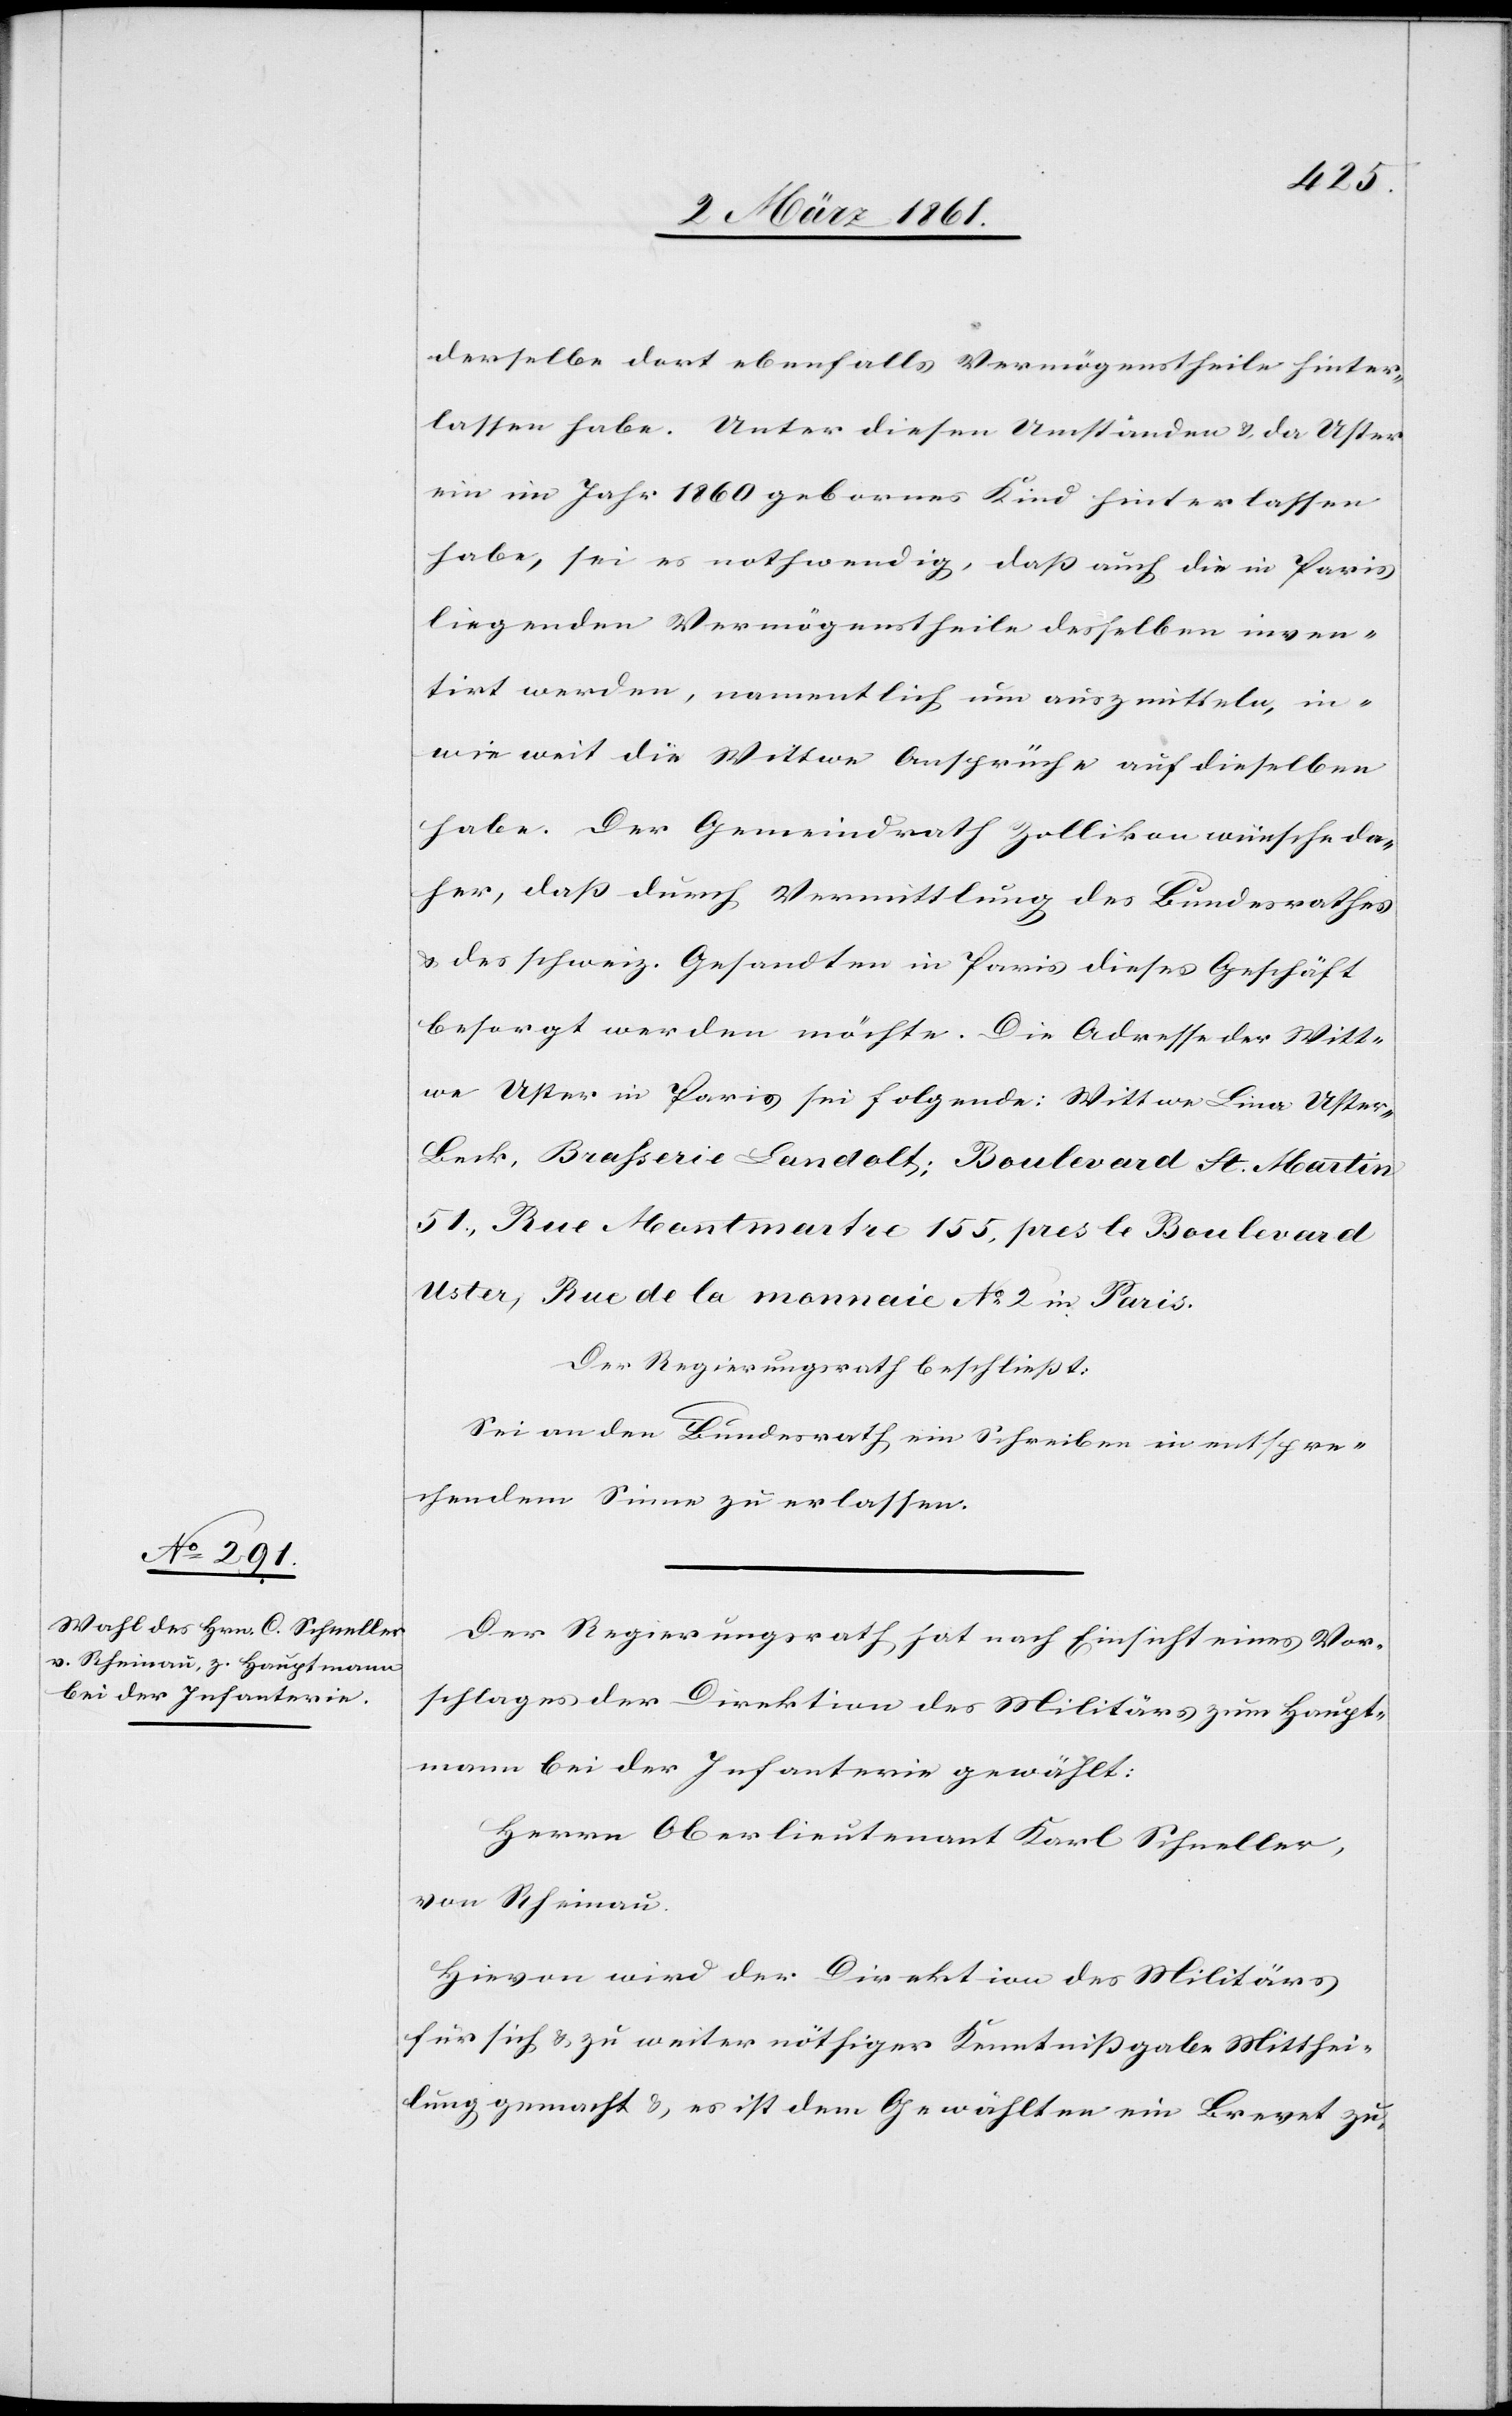
derselbe dort ebenfalls Vermögenstheile hinter¬
lassen habe. Unter diesen Umständen u. da Uster
ein im Jahr 1860 gebornes Kind hinterlassen
habe, sei es nothwendig, dass auch die in Paris
liegenden Vermögenstheile desselben inven¬
tirt werden, namentlich um ausz[u]mitteln, in
wie weit die Wittwe Ansprache auf dieselben
habe. Der Gemeindrath Zollikon wünsche da¬
her, dass durch Vermittlung des Bundesrathes
u. des schweiz. Gesandten in Paris dieses Geschäft
besorgt werden möchte. Die Adresse der Witt¬
we Uster in Paris sei folgende: Wittwe Lina Uster-B¬
eck, Brasserie Landolt; Boulevard St. Martin
51, Rue Montmartre 155, pres le Boulvard
Uster, Rue de la monnaie No 2 in Paris.
Der Regierungsrath beschliesst:
Sei an den Bundesrath ein Schreiben in entspre¬
chendem Sinne zu erlassen.
Der Regierungsrath hat nach Einsicht eines Vor¬
schlages der Direktion des Militärs zum Haupt¬
mann bei der Infanterie gewählt:
Herrn Oberlieutenant Karl Schneller,
von Rheinau.
Hievon wird der Direktion des Militärs
für sich u. zu weiter nöthiger Kenntnissgabe Mitthei¬
lung gemacht u. es ist dem Gewählten ein Brevet zu-